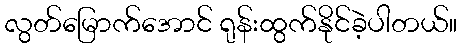
လွတ်မြောက်အောင် ရုန်းထွက်နိုင်ခဲ့ပါတယ်။